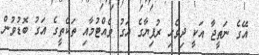
އޭގެ ނަތީޖާ އަކީ ދިވެހި ރުފިޔާގެ އަގު ވެއްޓުމާއި ތަކެތީގެ އަގު ބޮޑުވުން